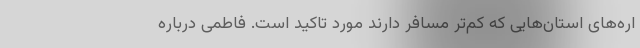
اره‌های استان‌هایی که کم‌تر مسافر دارند مورد تاکید است. فاطمی درباره